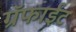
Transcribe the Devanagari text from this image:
ग्रॅफाईट